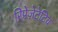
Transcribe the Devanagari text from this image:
रिप्रेज़ेटेटिव